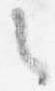
之